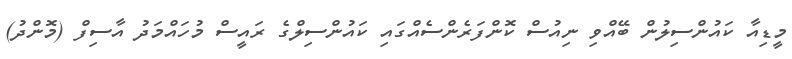
މީޑިއާ ކައުންސިލުން ބޭއްވި ނިއުސް ކޮންފަރެންސެއްގައި ކައުންސިލްގެ ރައީސް މުހައްމަދު އާސިފް (މޮންދު)